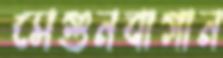
সেগুনবাগান